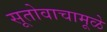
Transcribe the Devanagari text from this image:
सूतोवाचामूळे